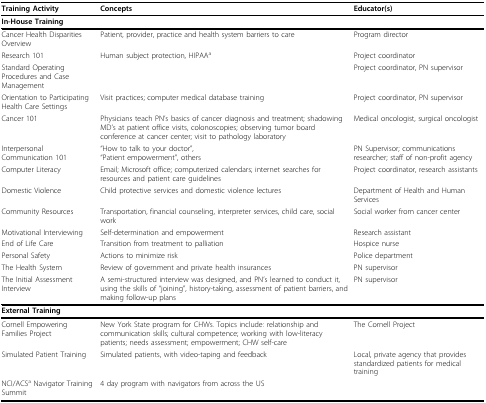
<table><thead><tr><td><b>Training Activity</b></td><td><b>Concepts</b></td><td><b>Educator(s)</b></td></tr></thead><tbody><tr><td><b>In-House Training</b></td><td></td><td></td></tr><tr><td>Cancer Health Disparities Overview</td><td>Patient, provider, practice and health system barriers to care</td><td>Program director</td></tr><tr><td>Research 101</td><td>Human subject protection, HIPAA<sup>a</sup></td><td>Project coordinator</td></tr><tr><td>Standard Operating Procedures and Case Management</td><td></td><td>Project coordinator, PN supervisor</td></tr><tr><td>Orientation to Participating Health Care Settings</td><td>Visit practices; computer medical database training</td><td>Project coordinator, PN supervisor</td></tr><tr><td>Cancer 101</td><td>Physicians teach PN&#x27;s basics of cancer diagnosis and treatment; shadowing MD&#x27;s at patient office visits, colonoscopies; observing tumor board conference at cancer center; visit to pathology laboratory</td><td>Medical oncologist, surgical oncologist</td></tr><tr><td>Interpersonal Communication 101</td><td>&quot;How to talk to your doctor&quot;,&quot;Patient empowerment&quot;, others</td><td>PN Supervisor; communications researcher; staff of non-profit agency</td></tr><tr><td>Computer Literacy</td><td>Email; Microsoft office; computerized calendars; internet searches for resources and patient care guidelines</td><td>Project coordinator, research assistants</td></tr><tr><td>Domestic Violence</td><td>Child protective services and domestic violence lectures</td><td>Department of Health and Human Services</td></tr><tr><td>Community Resources</td><td>Transportation, financial counseling, interpreter services, child care, social work</td><td>Social worker from cancer center</td></tr><tr><td>Motivational Interviewing</td><td>Self-determination and empowerment</td><td>Research assistant</td></tr><tr><td>End of Life Care</td><td>Transition from treatment to palliation</td><td>Hospice nurse</td></tr><tr><td>Personal Safety</td><td>Actions to minimize risk</td><td>Police department</td></tr><tr><td>The Health System</td><td>Review of government and private health insurances</td><td>PN supervisor</td></tr><tr><td>The Initial Assessment Interview</td><td>A semi-structured interview was designed, and PN&#x27;s learned to conduct it, using the skills of &quot;joining&quot;, history-taking, assessment of patient barriers, and making follow-up plans</td><td>PN supervisor</td></tr><tr><td><b>External Training</b></td><td></td><td></td></tr><tr><td>Cornell Empowering Families Project</td><td>New York State program for CHWs. Topics include: relationship and communication skills; cultural competence; working with low-literacy patients; needs assessment; empowerment; CHW self-care</td><td>The Cornell Project</td></tr><tr><td>Simulated Patient Training</td><td>Simulated patients, with video-taping and feedback</td><td>Local, private agency that provides standardized patients for medical training</td></tr><tr><td>NCI/ACS<sup>a </sup>Navigator Training Summit</td><td>4 day program with navigators from across the US</td><td></td></tr></tbody></table>